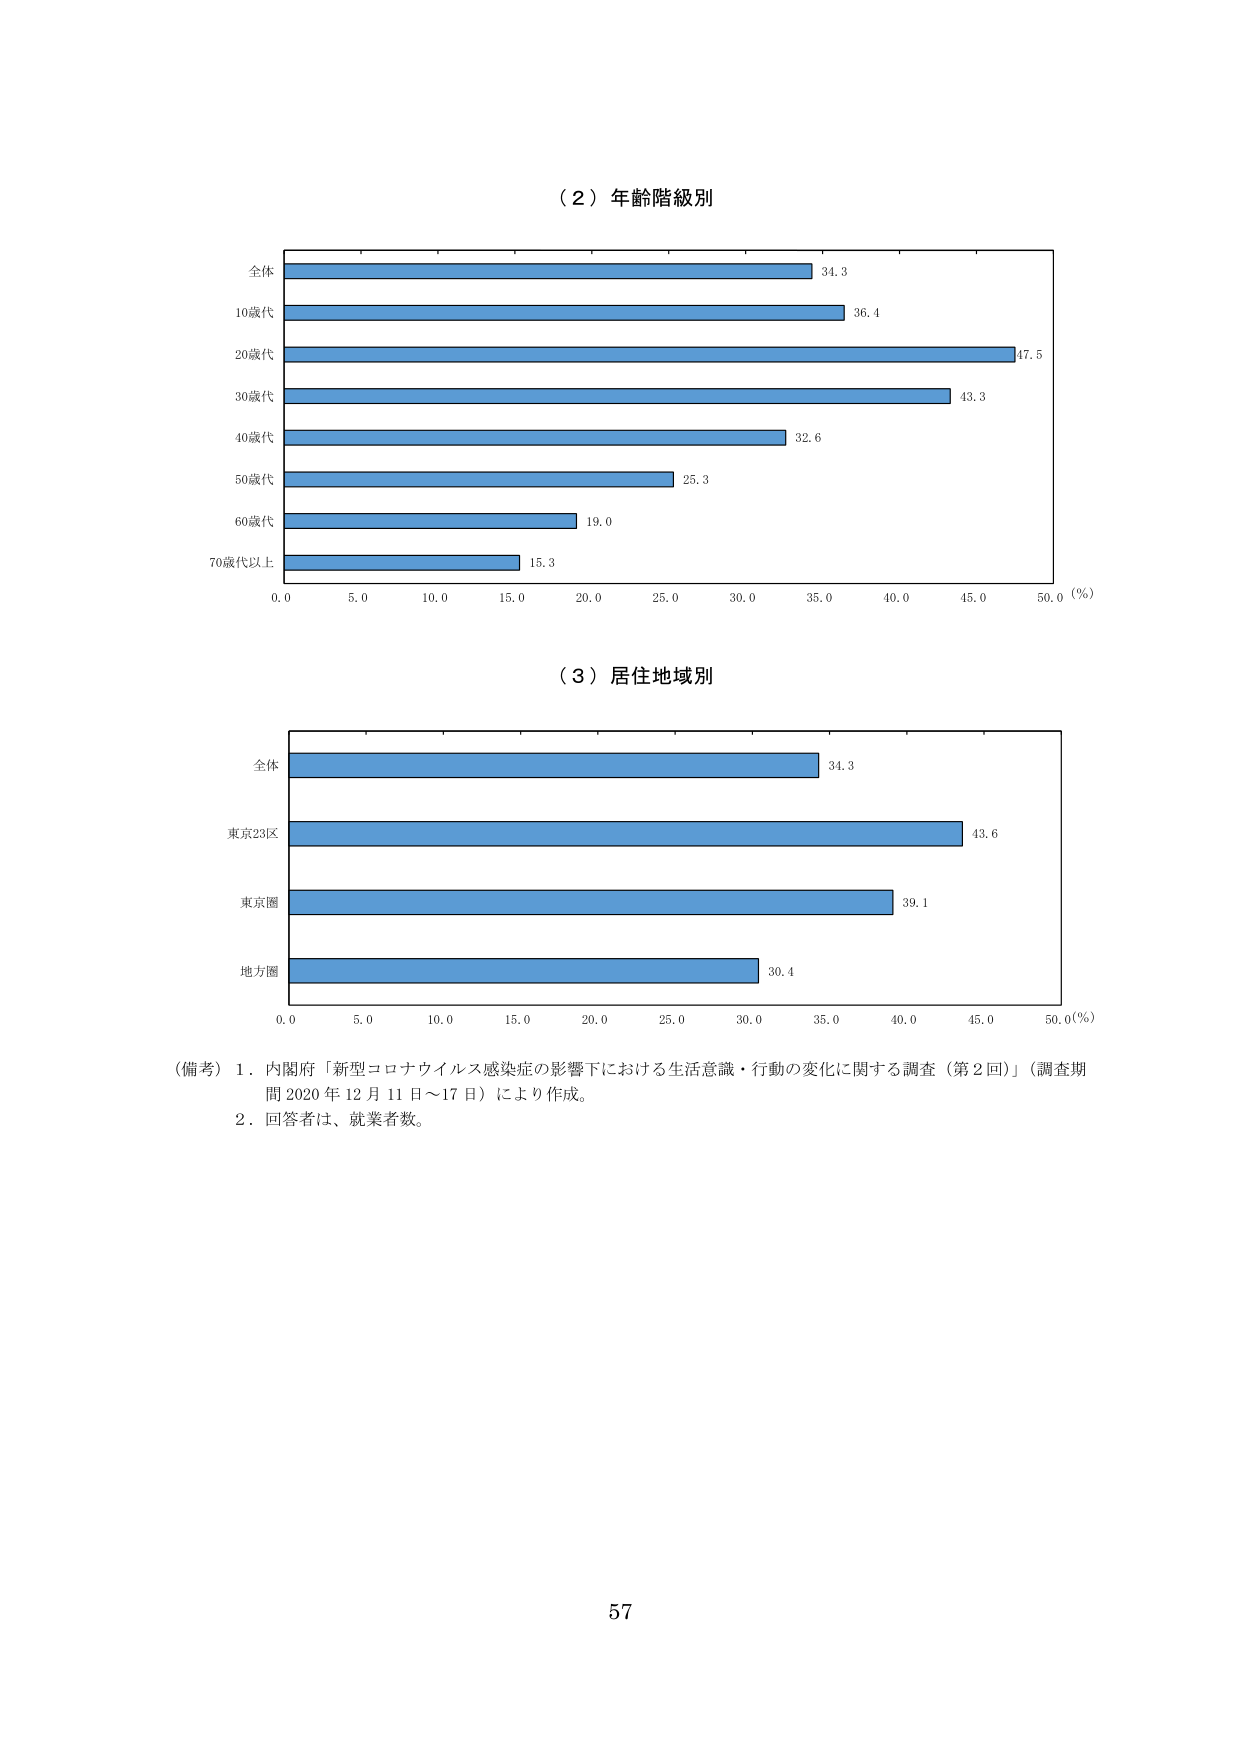
（２）年齢階級別

全体 34.3
10歳代 36.4
20歳代 47.5
30歳代 43.3
40歳代 32.6
50歳代 25.3
60歳代 19.0
70歳代以上 15.3

0.0 5.0 10.0 15.0 20.0 25.0 30.0 35.0 40.0 45.0 50.0（％）

（３）居住地域別

全体 34.3
東京23区 43.6
東京圏 39.1
地方圏 30.4

0.0 5.0 10.0 15.0 20.0 25.0 30.0 35.0 40.0 45.0 50.0（％）

（備考）１．内閣府「新型コロナウイルス感染症の影響下における生活意識・行動の変化に関する調査（第２回）」（調査期間 2020 年 12 月 11 日～17 日）により作成。
　　　２．回答者は、就業者数。

57